Indian Medical Review
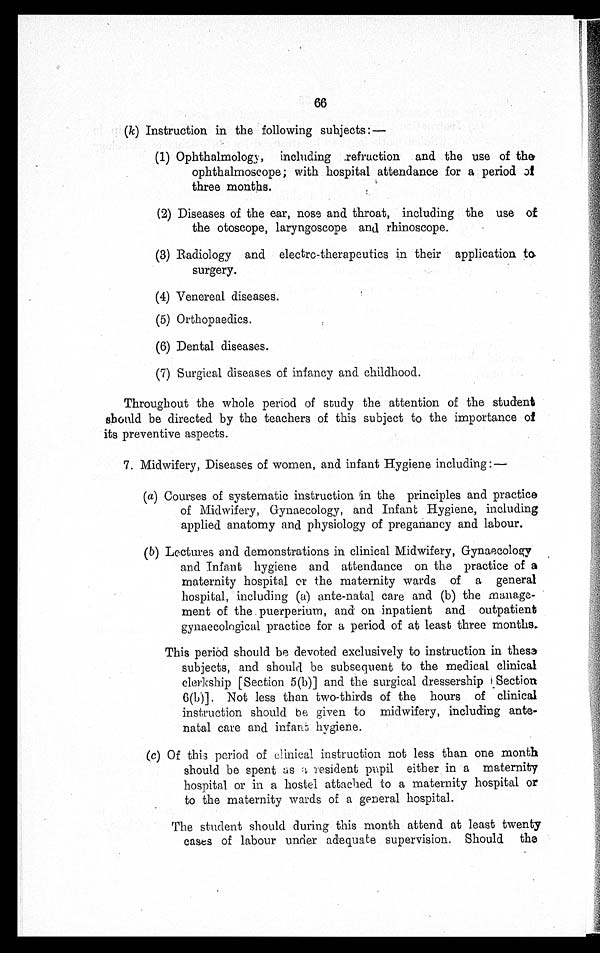
66
(k) Instruction in the following subjects : —
(1) Ophthalmology, including refraction and the use of the
ophthalmoscope; with hospital attendance for a period of
three months.
(2) Diseases of the ear, nose and throat, including the use of
the otoscope, laryngoscope and rhinoscope.
(3) Radiology and electrc-therapeutics in their application to
surgery.
(4) Venereal diseases.
(5) Orthopaedics.
(6) Dental diseases.
(7) Surgical diseases of infancy and childhood.
Throughout the whole period of study the attention of the student
should be directed by the teachers of this subject to the importance of
its preventive aspects.
7. Midwifery, Diseases of women, and infant Hygiene including :—
(a) Courses of systematic instruction in the principles and practice
of Midwifery, Gynaecology, and Infant Hygiene, including
applied anatomy and physiology of preganancy and labour.
( b ) L e c t u r e s a n d d e m o n s t r a t i o n s i n c l i n i c a l M i d w i f e r y , G y n a e c o l o g y
and Infant hygiene and attendance on the practice of a
maternity hospital or the maternity wards of a general
hospital, including (a) ante-natal care and (b) the manage-
ment of the puerperium, and on inpatient and outpatient
gynaecological practice for a period of at least three months.
This period should be devoted exclusively to instruction in these
subjects, and should be subsequent to the medical clinical
clerkship [Section 5(b)] and the surgical dressership [Section
6(b)]. Not less than two-thirds of the hours of clinical
instruction should be given to midwifery, including ante-
natal care and infant hygiene.
(c) Of this period of clinical instruction not less than one month
should be spent as a resident pupil either in a maternity
hospital or in a hostel attached to a maternity hospital or
to the maternity wards of a general hospital.
The student should during this month attend at least twenty
cases of labour under adequate supervision. Should the